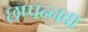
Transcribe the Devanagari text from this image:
छप्पन्नवा